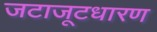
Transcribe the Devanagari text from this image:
जटाजूटधारण